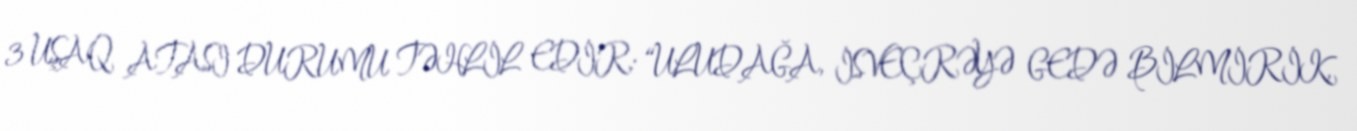
3 UŞAQ ATASI DURUMU TƏHLİL EDİR: “ULUDAĞA, İSVEÇRƏYƏ GEDƏ BİLMİRİK,